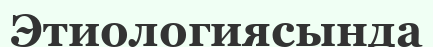
Этиологиясында